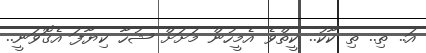
އަ.. ތި.. ތި ކާކު.. ކީތްވެ އެމީހުން މަށަށް ޝުހާ ކިޔާފަ އެގޮވަނީ..